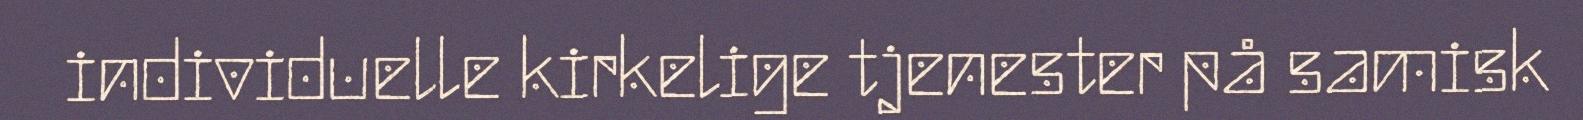
individuelle kirkelige tjenester på samisk